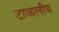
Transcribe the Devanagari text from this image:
टाकलीय